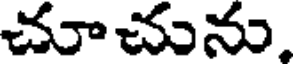
చూచును,